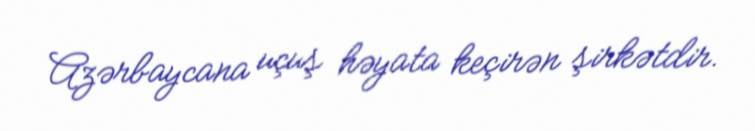
Azərbaycana uçuş həyata keçirən şirkətdir.